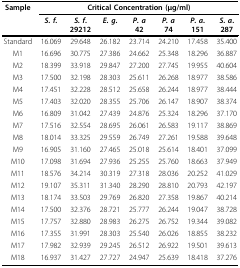
<table><thead><tr><td><b>Sample</b></td><td colspan="7"><b>Critical Concentration (μg/ml)</b></td></tr><tr><td></td><td><b><i>S. f</i>.</b></td><td><b><i>S. f</i>. 29212</b></td><td><b><i>E. g</i>.</b></td><td><b><i>P. a </i>42</b></td><td><b><i>P. a </i>74</b></td><td><b><i>P. a</i>. 151</b></td><td><b><i>S. a</i>. 287</b></td></tr></thead><tbody><tr><td>Standard</td><td>16.069</td><td>29.648</td><td>26.182</td><td>23.714</td><td>24.210</td><td>17.458</td><td>35.400</td></tr><tr><td>M1</td><td>16.696</td><td>30.775</td><td>27.386</td><td>24.662</td><td>25.348</td><td>18.296</td><td>36.887</td></tr><tr><td>M2</td><td>18.399</td><td>33.918</td><td>29.847</td><td>27.200</td><td>27.745</td><td>19.955</td><td>40.604</td></tr><tr><td>M3</td><td>17.500</td><td>32.198</td><td>28.303</td><td>25.611</td><td>26.268</td><td>18.977</td><td>38.586</td></tr><tr><td>M4</td><td>17.451</td><td>32.228</td><td>28.512</td><td>25.658</td><td>26.244</td><td>18.977</td><td>38.444</td></tr><tr><td>M5</td><td>17.403</td><td>32.020</td><td>28.355</td><td>25.706</td><td>26.147</td><td>18.907</td><td>38.374</td></tr><tr><td>M6</td><td>16.809</td><td>31.042</td><td>27.439</td><td>24.876</td><td>25.324</td><td>18.296</td><td>37.170</td></tr><tr><td>M7</td><td>17.516</td><td>32.554</td><td>28.695</td><td>26.061</td><td>26.583</td><td>19.117</td><td>38.869</td></tr><tr><td>M8</td><td>18.014</td><td>33.325</td><td>29.559</td><td>26.749</td><td>27.261</td><td>19.588</td><td>39.648</td></tr><tr><td>M9</td><td>16.905</td><td>31.160</td><td>27.465</td><td>25.018</td><td>25.614</td><td>18.401</td><td>37.099</td></tr><tr><td>M10</td><td>17.098</td><td>31.694</td><td>27.936</td><td>25.255</td><td>25.760</td><td>18.663</td><td>37.949</td></tr><tr><td>M11</td><td>18.576</td><td>34.214</td><td>30.319</td><td>27.318</td><td>28.036</td><td>20.252</td><td>41.029</td></tr><tr><td>M12</td><td>19.107</td><td>35.311</td><td>31.340</td><td>28.290</td><td>28.810</td><td>20.793</td><td>42.197</td></tr><tr><td>M13</td><td>18.174</td><td>33.503</td><td>29.769</td><td>26.820</td><td>27.358</td><td>19.867</td><td>40.214</td></tr><tr><td>M14</td><td>17.500</td><td>32.376</td><td>28.721</td><td>25.777</td><td>26.244</td><td>19.047</td><td>38.728</td></tr><tr><td>M15</td><td>17.757</td><td>32.880</td><td>28.983</td><td>26.275</td><td>26.752</td><td>19.344</td><td>39.082</td></tr><tr><td>M16</td><td>17.355</td><td>31.991</td><td>28.303</td><td>25.540</td><td>26.026</td><td>18.855</td><td>38.232</td></tr><tr><td>M17</td><td>17.982</td><td>32.939</td><td>29.245</td><td>26.512</td><td>26.922</td><td>19.501</td><td>39.613</td></tr><tr><td>M18</td><td>16.937</td><td>31.427</td><td>27.727</td><td>24.947</td><td>25.639</td><td>18.418</td><td>37.276</td></tr></tbody></table>